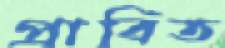
প্রাবিত